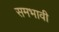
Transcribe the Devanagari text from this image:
समभावी